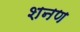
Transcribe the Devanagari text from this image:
शनण